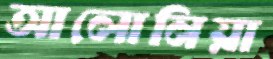
আলোনিয়া